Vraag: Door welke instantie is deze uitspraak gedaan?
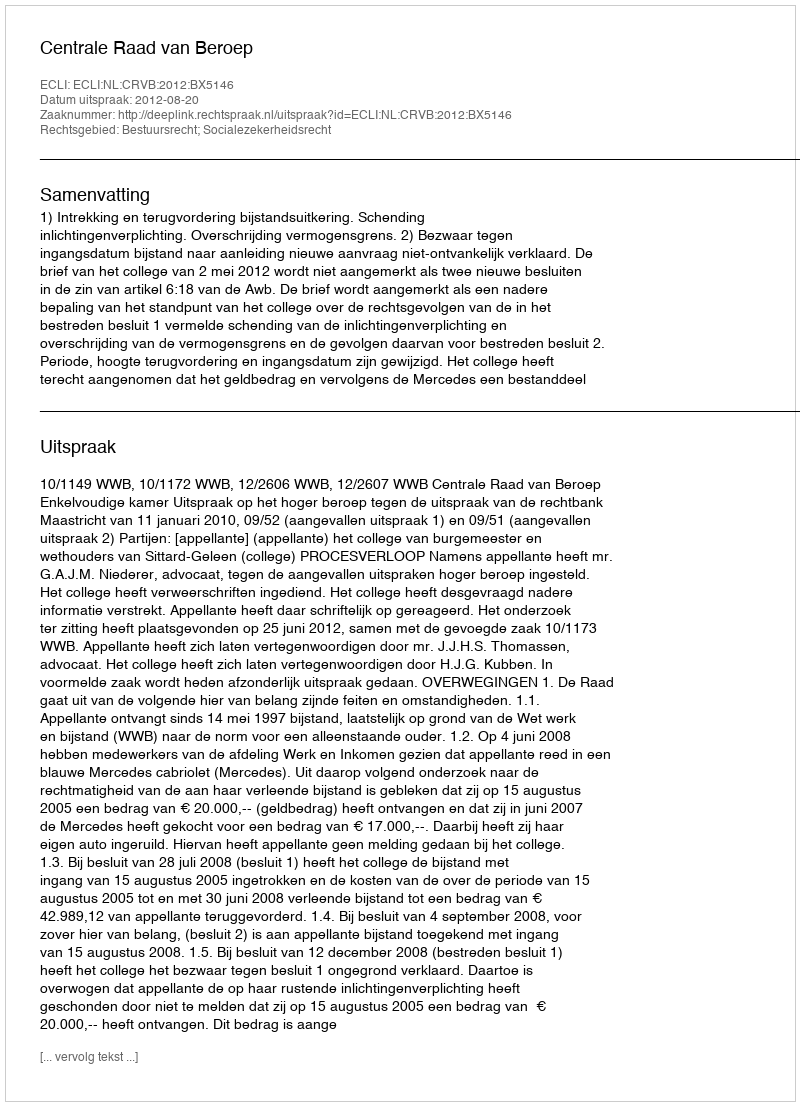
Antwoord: Centrale Raad van Beroep